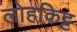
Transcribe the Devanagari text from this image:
लोहकिट्ट